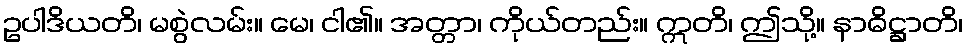
ဥပါဒိယတိ၊ မစွဲလမ်း။ မေ၊ ငါ၏။ အတ္တာ၊ ကိုယ်တည်း။ ဣတိ၊ ဤသို့။ နာဓိဋ္ဌာတိ၊